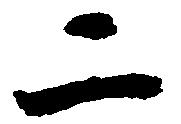
二